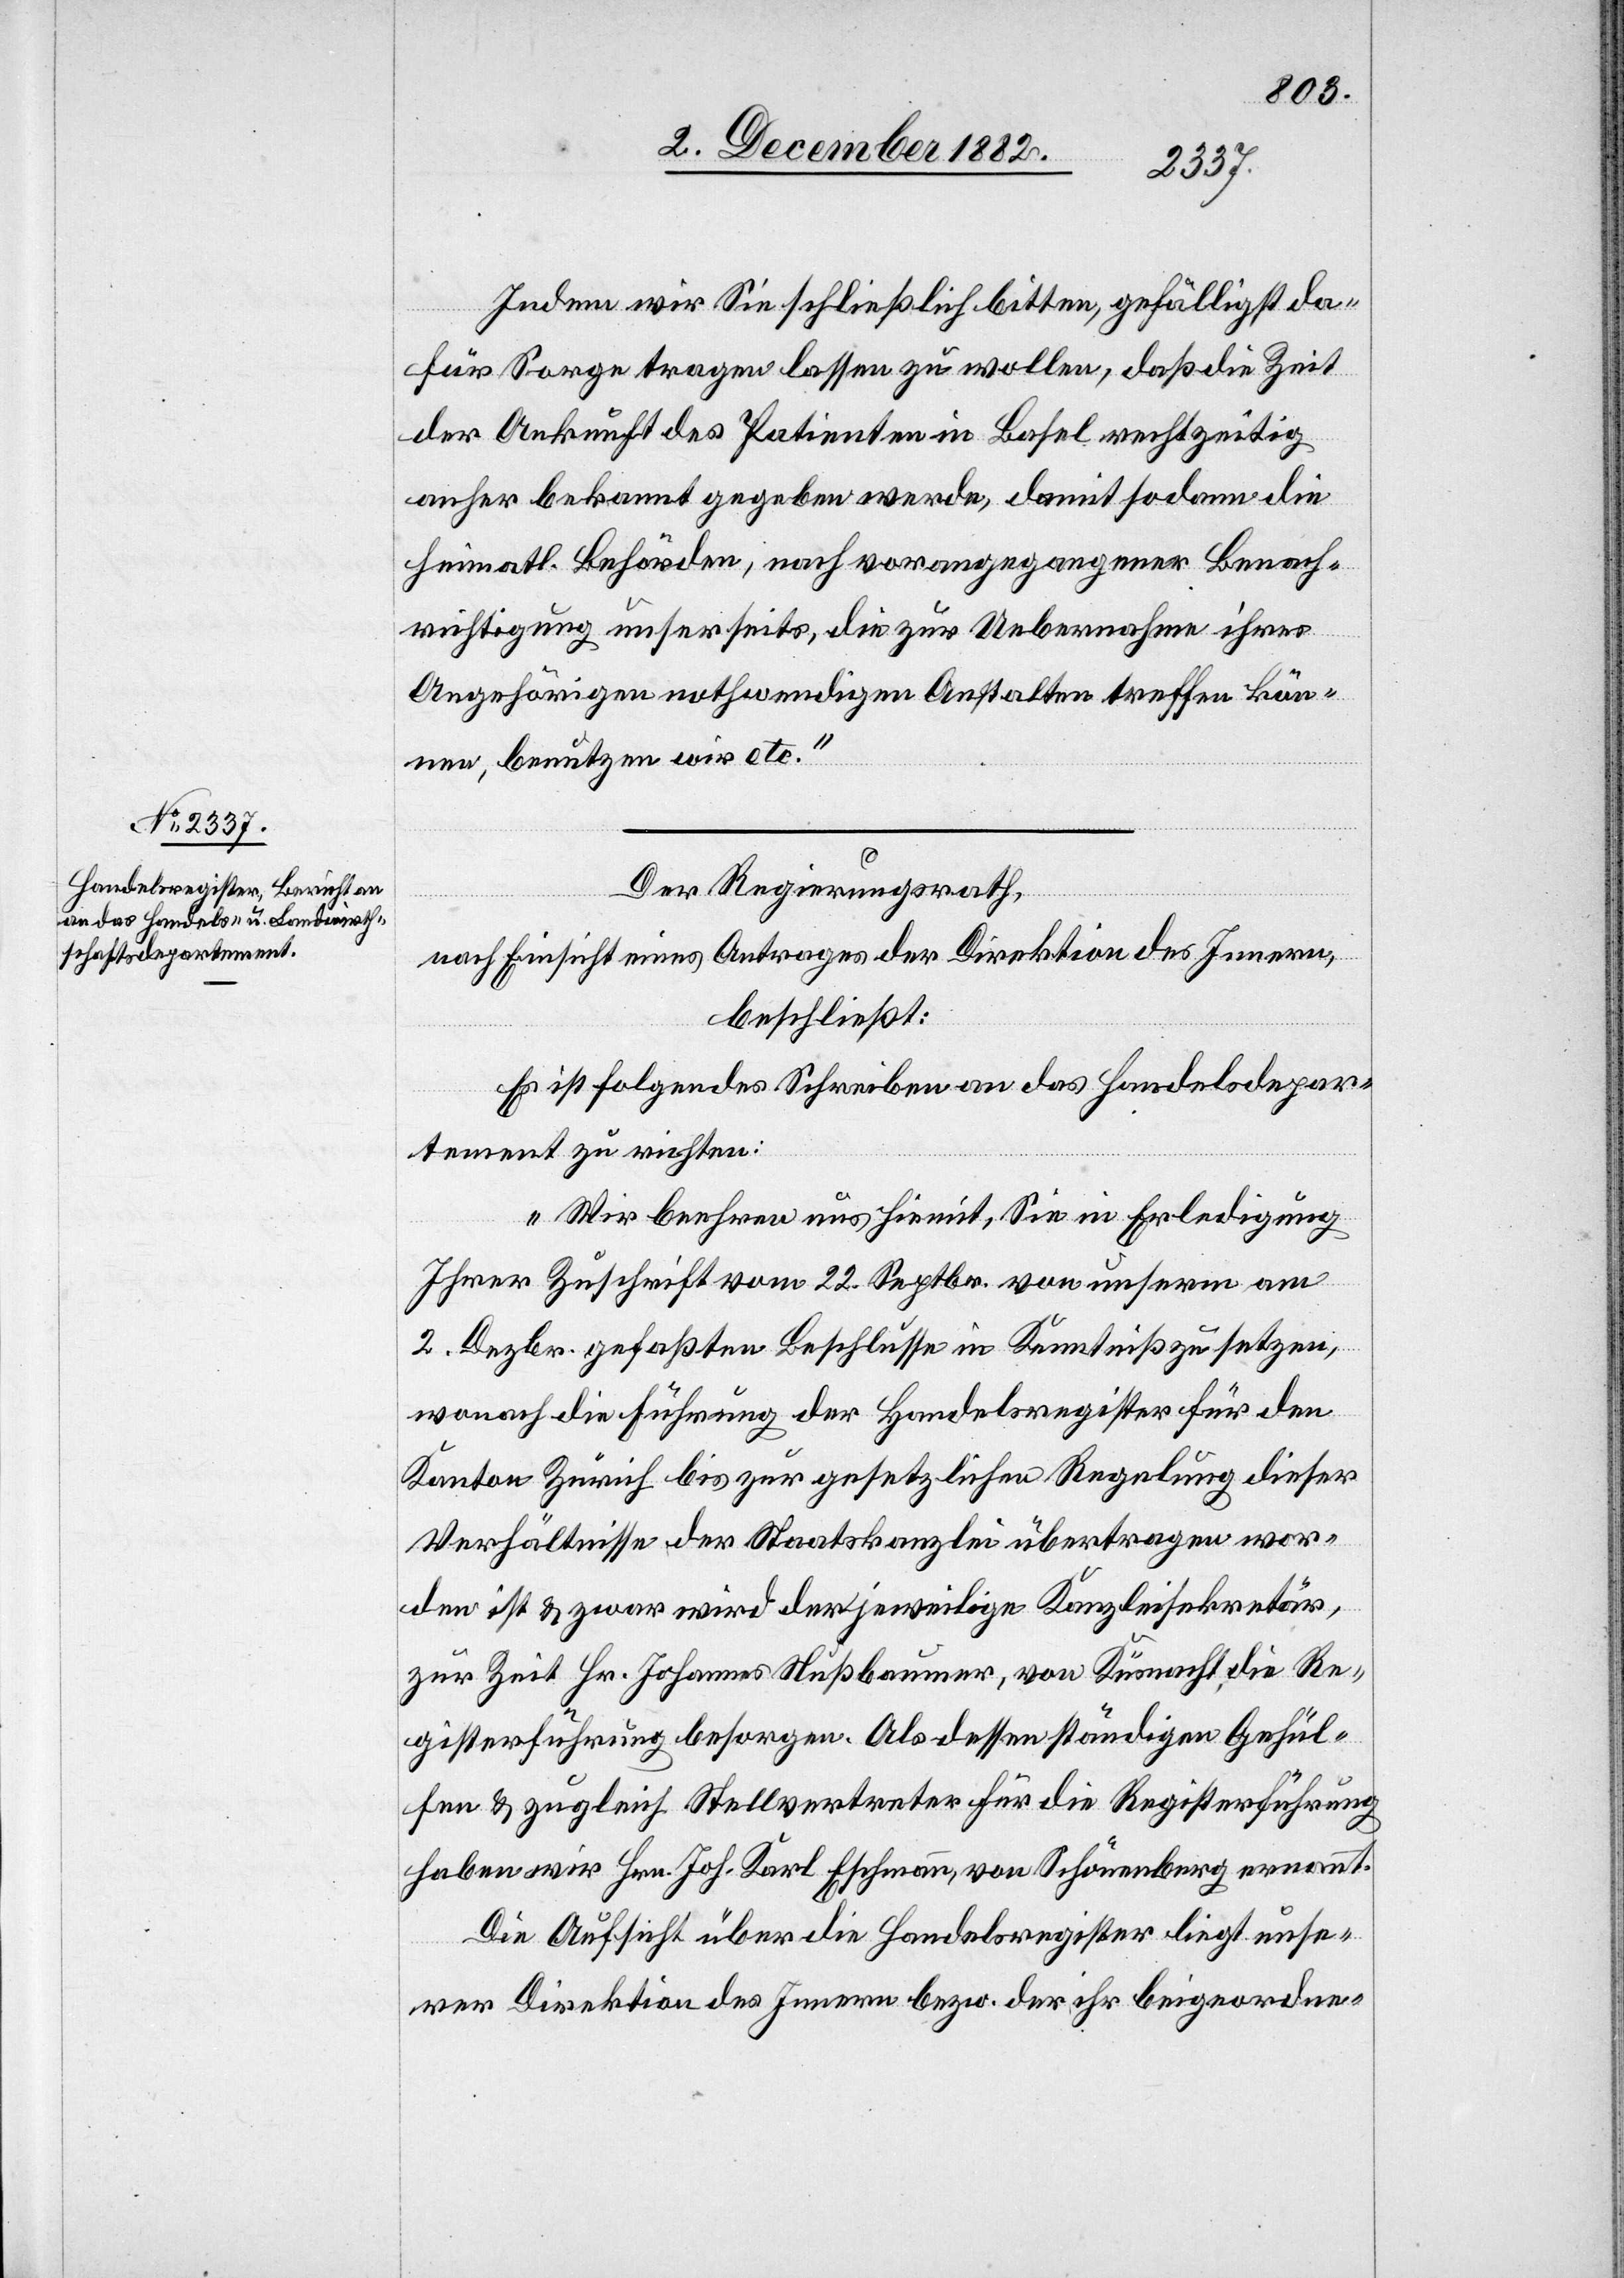
6. December 1882.]
Indem wir Sie schließlich bitten, gefälligst da¬
für Sorge tragen lassen zu wollen, daß die Zeit
der Ankunft des Patienten in Basel rechtzeitig
anher bekannt gegeben werde, damit sodann die
heimatl. Behörden, nach vorangegangener Benach¬
richtigung unsererseits, die zur Uebernahme ihres
Angehörigen nothwendigen Anstalten treffen kön¬
nen, benutzen wir etc.“
Der Regierungsrath,
nach Einsicht eines Antrages der Direktion des Innern,
beschließt:
Es ist folgendes Schreiben an das Handelsdepar¬
tement zu richten:
„Wir beehren uns hiemit, Sie in Erledigung
Ihrer Zuschrift vom 22. Septbr. von unserm am
2. Dezbr. gefaßten Beschlusse in Kenntniß zu setzen,
wonach die Führung der Handelsregister für den
Kanton Zürich bis zur gesetzlichen Regelung dieser
Verhältnisse der Staatskanzlei übertragen wor¬
den ist & zwar wird der jeweilige Kanzleisekretär,
zur Zeit Hr. Johannes Nußbaumer, von Küsnacht, die Re¬
gisterführung besorgen. Als dessen ständigen Gehül¬
fen & zugleich Stellvertreter für die Registerführung
haben wir Hrn. Joh. Karl Eschmann, von Schönenberg ernannt.
Die Aufsicht über die Handelsregister liegt unse¬
rer Direktion des Innern bezw. der ihr beigeordne-